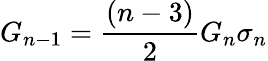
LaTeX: G_{n-1}=\frac{(n-3)}{2}G_{n}\sigma_{n}